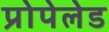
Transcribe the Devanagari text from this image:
प्रोपेलेड